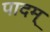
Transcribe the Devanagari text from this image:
पादम्